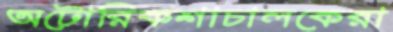
অটোরিকশাচালকেরা